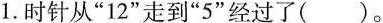
1.时针从”12”走到”5”经过了()